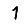
Digit: 1